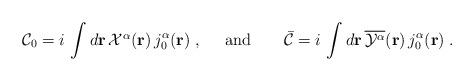
LaTeX: \begin{align*}{\cal C}_{0}=i\,\int d{\bf{r}}\,{\textstyle {\cal X}^{\alpha}}({\bf r})\,j_{0}^{\alpha}({\bf r})\;,\;\;\;\;\;\mbox{and}\;\;\;\;\;\;\;{\bar {\cal C}}=i\,\int d{\bf{r}}\,\overline{{\cal Y}^{\alpha}}({\bf r})\,j_{0}^{\alpha}({\bf r})\;.\end{align*}